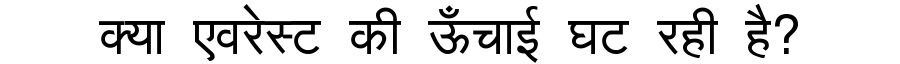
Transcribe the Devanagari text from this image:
क्या एवरेस्ट की ऊँचाई घट रही है?